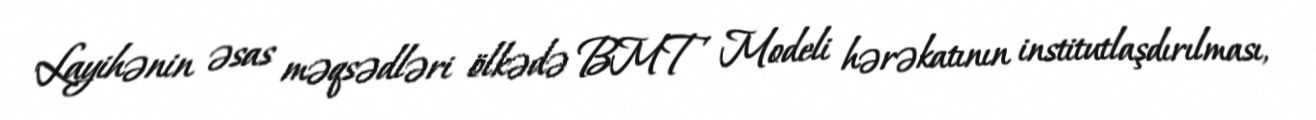
Layihənin əsas məqsədləri ölkədə BMT Modeli hərəkatının institutlaşdırılması,